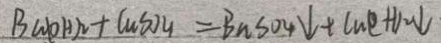
B a ( O H ) ^ { 2 } + C u S O _ { 4 } \vert = B a S O _ { 4 } \downarrow + C u e + H _ { 2 } \downarrow